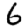
Digit: 6